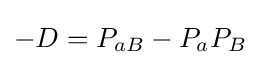
-D=P_{aB}-P_{a}P_{B}